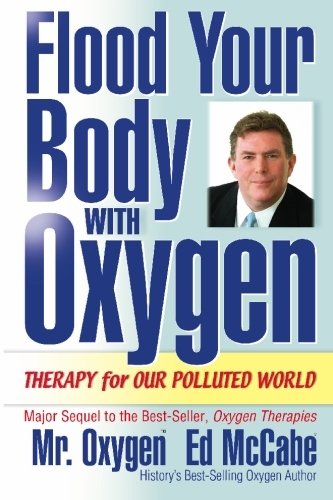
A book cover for Flood Your Body with Oxygen; Ed McCabe; Medical Books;